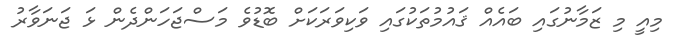
މިއީ މި ޒަމާނުގައި ބައެއް ޤައުމުތަކުގައި ވަކިވަރަކަށް ބޮޑުވެ މަސްޖަހަންދެން ޅަ ޖަނަވާރު